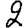
Digit: 2